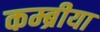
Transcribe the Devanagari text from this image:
कम्ब्रीया